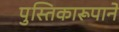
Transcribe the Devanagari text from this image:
पुस्तिकारूपाने